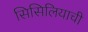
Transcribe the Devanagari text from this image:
सिसिलियाची